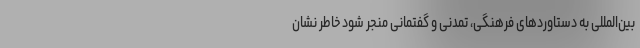
بین‌المللی به دستاوردهای فرهنگی، تمدنی و گفتمانی منجر شود خاطر نشان